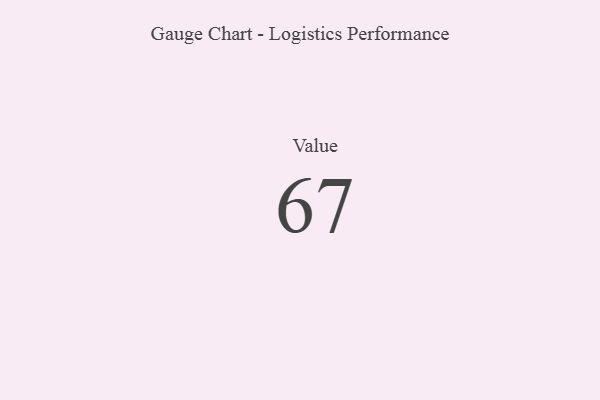
{"axis": {"x": "Metric", "y": "Value"}, "legend": [""], "data": [{"x": "Value", "y": 67, "type": ""}]}